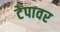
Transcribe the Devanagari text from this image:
टेपावर